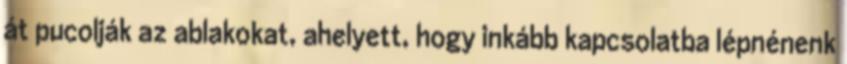
át pucolják az ablakokat, ahelyett, hogy inkább kapcsolatba lépnénenk